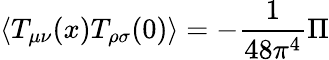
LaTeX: \langle T_{\mu\nu}(x)T_{\rho\sigma}(0)\rangle=-{\frac{1}{48\pi^{4}}}{\Pi}